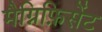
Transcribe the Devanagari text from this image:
मैग्निफ़िसेंट